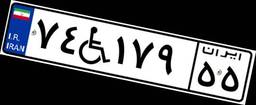
۷۴W۱۷۹۵۵